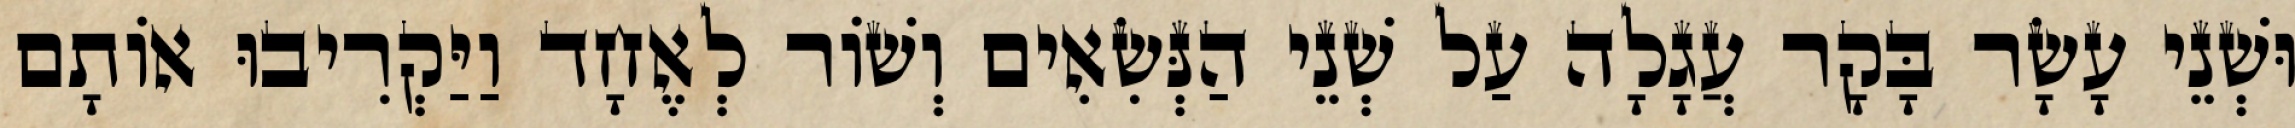
וּשְׁנֵי עָשָׂר בָּקָר עֲגָלָה עַל שְׁנֵי הַנְּשִׂאִים וְשׁוֹר לְאֶחָד וַיַּקְרִיבוּ אוֹתָם